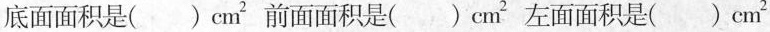
底面面积是()cm^{2}前面面积是()cm^{2}?左面面积是()cm^{2}